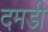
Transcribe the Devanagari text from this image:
दमडी